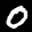
Label: 0